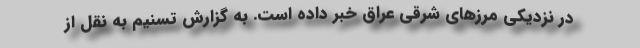
در نزدیکی مرزهای شرقی عراق خبر داده است. به گزارش تسنیم به نقل از